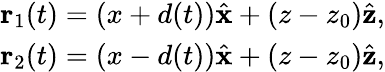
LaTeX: \begin{array}{r}{{\mathbf r_{1}}(t)=(x+d(t))\hat{\mathbf x}+(z-z_{0})\hat{\mathbf z},}\\ {{\mathbf r_{2}}(t)=(x-d(t))\hat{\mathbf x}+(z-z_{0})\hat{\mathbf z},}\end{array}